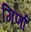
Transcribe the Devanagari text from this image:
गिर्णा